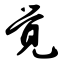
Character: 觉